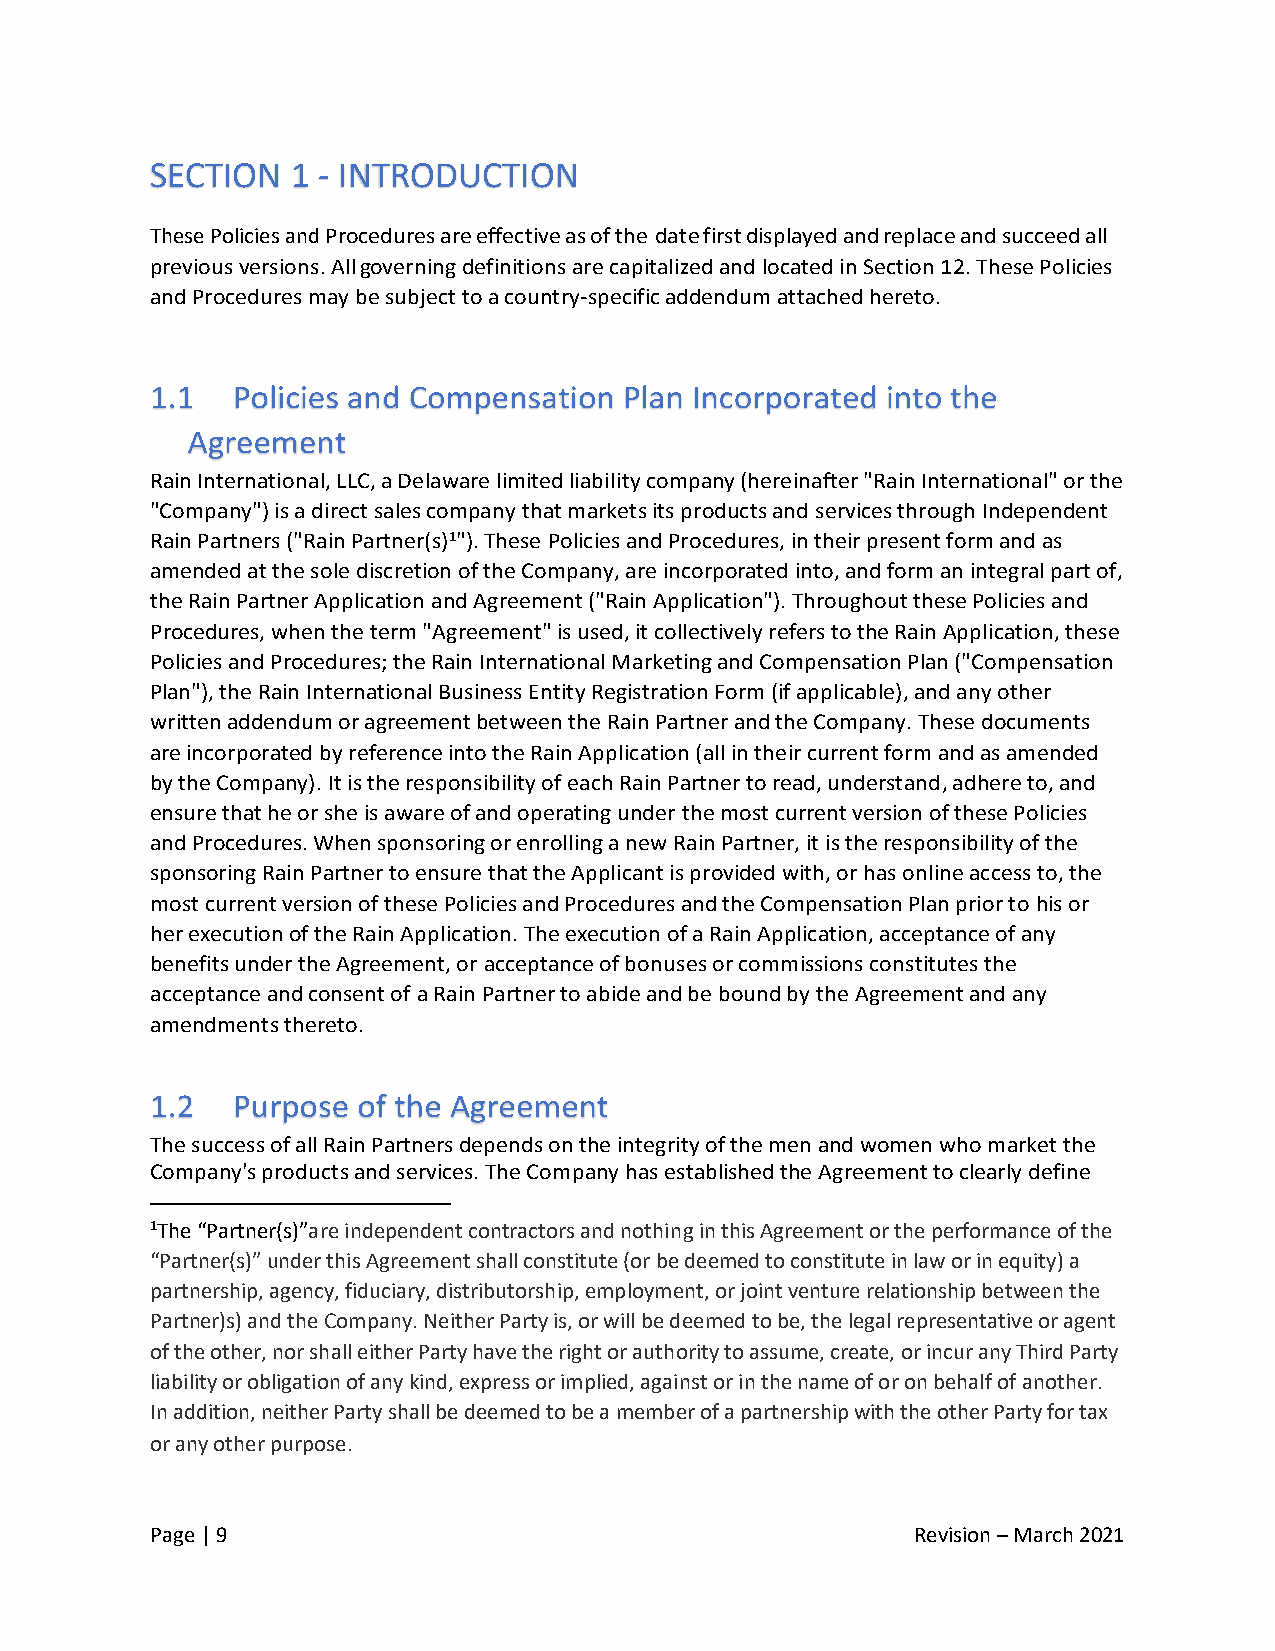
SECTION  1 - INTRODUCTION
 These Policies and Procedures are effective as of the date first displayed and replace and succeed all
 previous versions. All governing definitions are capitalized and located in Section 12. These Policies
 and Procedures may be subject to a country-specific addendum attached hereto.
 Rain International, LLC, a Delaware limited liability company (hereinafter "Rain International" or the
 "Company") is a direct sales company that markets its products and services through Independent
 Rain Partners ("Rain Partner(s)1"). These Policies and Procedures, in their present form and as
 amended at the sole discretion of the Company, are incorporated into, and form an integral part of,
 the Rain Partner Application and Agreement ("Rain Application"). Throughout these Policies and
 Procedures, when the term "Agreement" is used, it collectively refers to the Rain Application, these
 Policies and Procedures; the Rain International Marketing and Compensation Plan ("Compensation
 Plan"), the Rain International Business Entity Registration Form (if applicable), and any other
 written addendum or agreement between the Rain Partner and the Company. These documents
 are incorporated by reference into the Rain Application (all in their current form and as amended
 by the Company). It is the responsibility of each Rain Partner to read, understand, adhere to, and
 ensure that he or she is aware of and operating under the most current version of these Policies
 and Procedures. When sponsoring or enrolling a new Rain Partner, it is the responsibility of the
 sponsoring Rain Partner to ensure that the Applicant is provided with, or has online access to, the
 most current version of these Policies and Procedures and the Compensation Plan prior to his or
 her execution of the Rain Application. The execution of a Rain Application, acceptance of any
 benefits under the Agreement, or acceptance of bonuses or commissions constitutes the
 acceptance and consent of a Rain Partner to abide and be bound by the Agreement and any
 amendments thereto.
 The success of all Rain Partners depends on the integrity of the men and women who market the
 Company's products and services. The Company has established the Agreement to clearly define
 1The “Partner(s)”are independent contractors and nothing in this Agreement or the performance of the
 “Partner(s)” under this Agreement shall constitute (or be deemed to constitute in law or in equity) a
 partnership, agency, fiduciary, distributorship, employment, or joint venture relationship between the
 Partner)s) and the Company. Neither Party is, or will be deemed to be, the legal representative or agent
 of the other, nor shall either Party have the right or authority to assume, create, or incur any Third Party
 liability or obligation of any kind, express or implied, against or in the name of or on behalf of another.
 In addition, neither Party shall be deemed to be a member of a partnership with the other Party for tax
 or any other purpose.
 Page | 9                                           Revision – March 2021